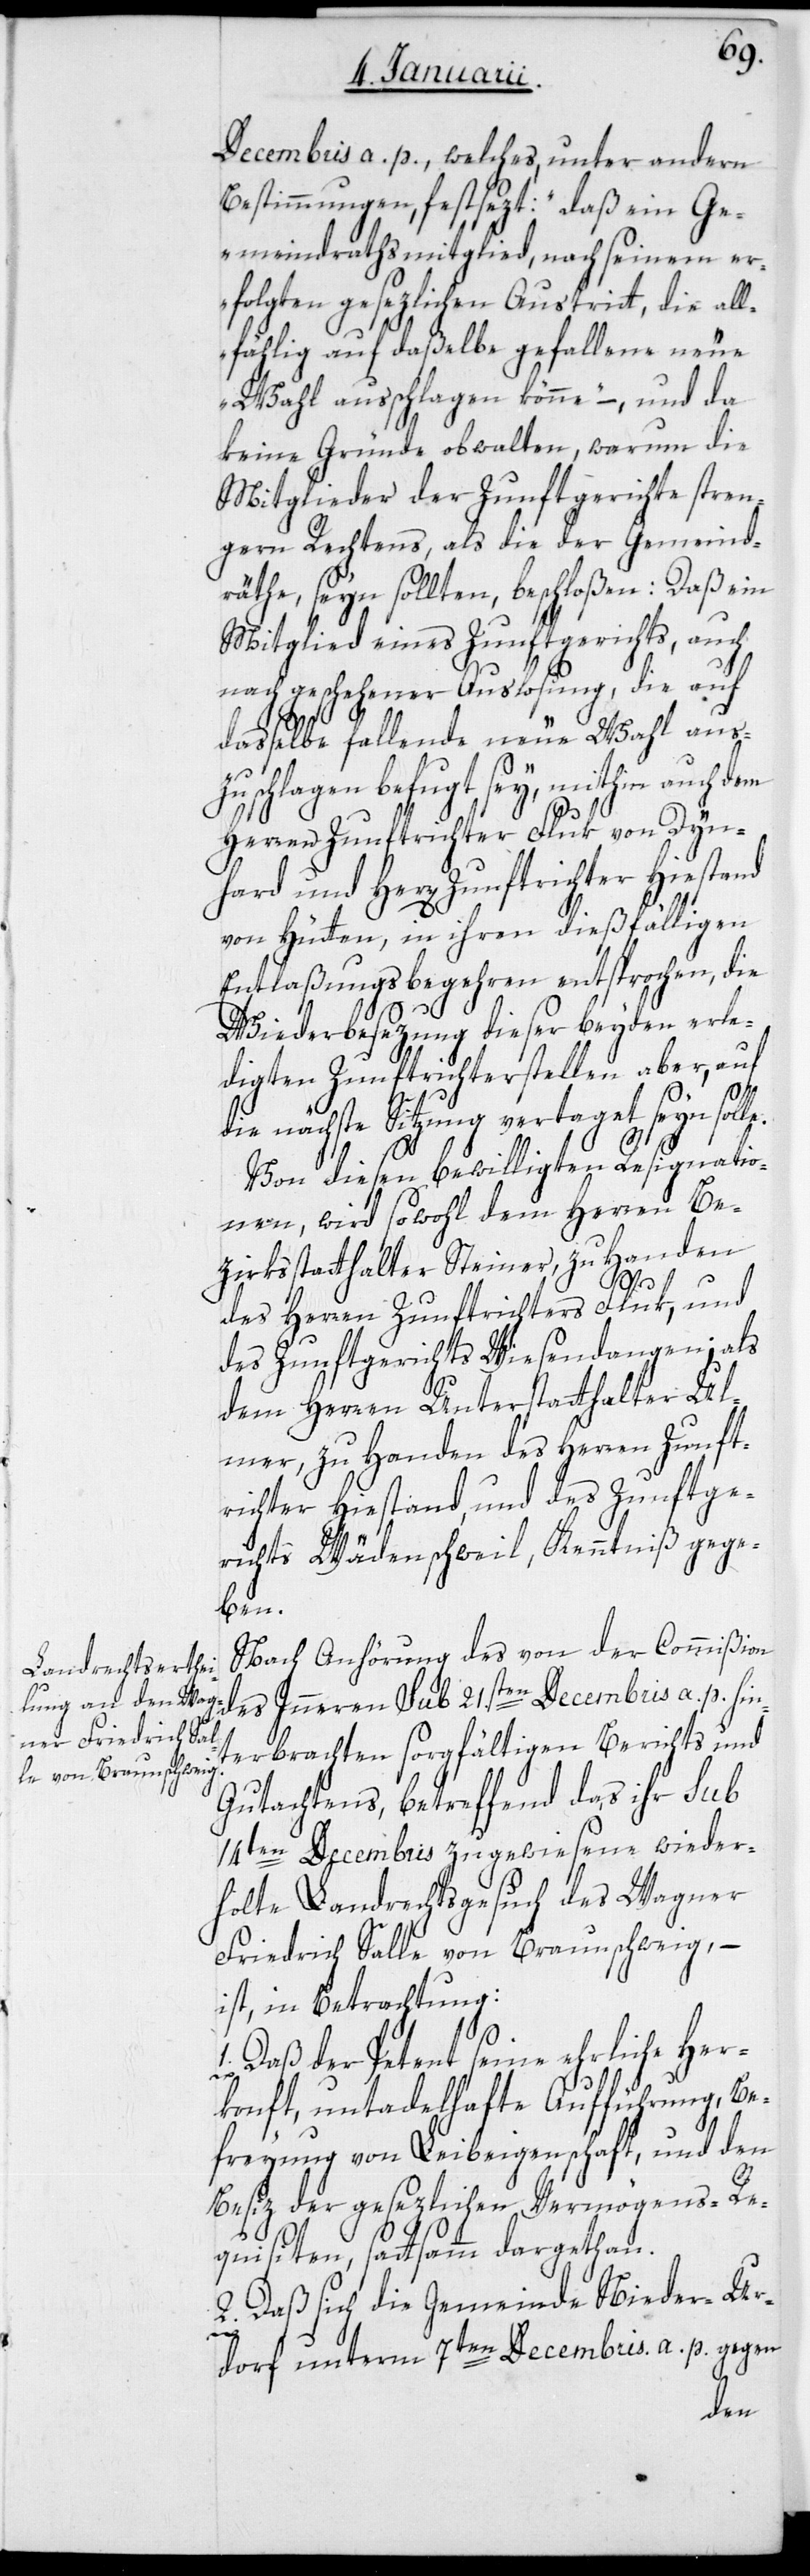
Decembris a. p., welches, unter andern
Bestimmungen, festsezt: „daß ein Ge¬
meindrathsmitglied, nach seinem er¬
folgten gesezlichen Austritt, die all¬
fählig auf daßelbe gefallene neue
Wahl ausschlagen könne“ – und da
keine Gründe obwalten, warum die
Mitglieder der Zunftgerichte stren¬
gern Rechtens, als die der Gemeind¬
räthe seyn sollten, beschloßen: Daß ein
Mitglied eines Zunftgerichts, auch
nach geschehener Auslosung, die auf
dasselbe fallende neue Wahl ausz¬
uschlagen befugt sey, mithin auch dem
Herren Zunftrichter Fluk von Dyn¬
von Hütten, in ihren dießfälligen
Entlaßungsbegehren entsprochen, die
Wiederbesezung dieser beyden erle¬
digten Zunftrichterstellen aber, auf
die nächste Sitzung vertaget seyn solle.
Von diesen bewilligten Resignatio¬
nen, wird sowohl dem Herren Be¬
zirksstatthalter Steiner, zu Handen
des Herren Zunftrichters Fluk, und
des Zunftgerichts Wiesendangen, als
dem Herren Unterstatthalter Ul¬
mer, zu Handen des Herren Zunft¬
richter Hiestand, und des Zunftge¬
richts Wädenschweil, Kenntniß gege¬
ben.
Nach Anhörung des von der Commißion
des Inneren sub 21.sten Decembris a. p. hin¬
terbrachten sorgfältigen Berichts und
Gutachtens, betreffend das ihr sub
14ten Decembris zugewiesene wieder¬
holte Landrechtsgesuch des Wagner
Friedrich Salle von Braunschweig, –
ist, in Betrachtung:
1. Daß der Petent seine ehrliche Her¬
konft, untadelhafte Aufführung, Be¬
freyung von Leibeigenschaft, und den
Besiz der gesezlichen Vermögens-Re¬
quisiten, sattsamm dargethan.
2. Daß sich die Gemeinde Nieder-Ur¬
dorf unterm 7ten Decembris a. p. gegen
hard